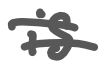
Text: is
Cross-out: double-line
Writing tool: digital_gray